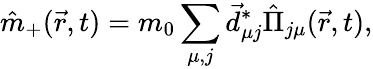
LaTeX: \hat{m}_{+}(\vec{r},t)=m_{0}\sum_{\mu,j}\vec{d}_{\mu j}^{*}\hat{\Pi}_{j\mu}(\vec{r},t),